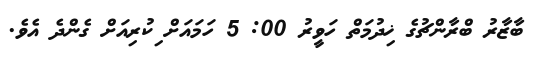
ބާޒާރު ބްރާންޗުގެ ޚިދުމަތް ހަވީރު 00: 5 ހަމައަށް ިކުރިއަށް ގެންދެ އެވެ.